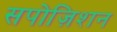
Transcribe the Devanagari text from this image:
सपोज़िशन